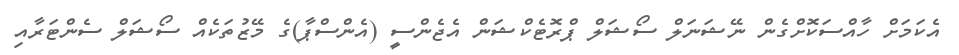
އެކަމަށް ހާއްސަކޮށްގެން ނޭޝަނަލް ސޯޝަލް ޕްރޮޓެކްޝަން އެޖެންސީ (އެންސްޕާ)ގެ މޭޒުތަކެއް ސޯޝަލް ސެންޓަރާއި